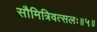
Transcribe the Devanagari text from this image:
सौमित्रिवत्सलः॥५॥